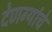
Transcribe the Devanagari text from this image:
देणग्यांचे